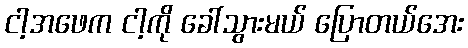
ငါ့အဖေက ငါ့ကို ခေါ်သွားမယ် ပြောတယ်အေး